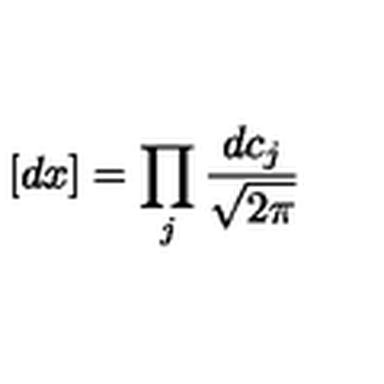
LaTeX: [ d x ] = \prod _ { j } { \frac { d c _ { j } } { \sqrt { 2 \pi } } }